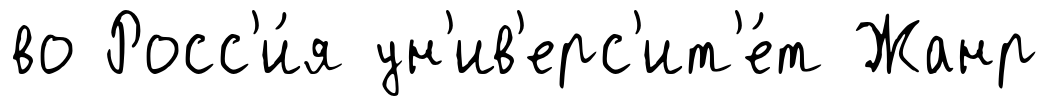
во Росс'и́я ун'ив'ерс'ит'е́т Жанр